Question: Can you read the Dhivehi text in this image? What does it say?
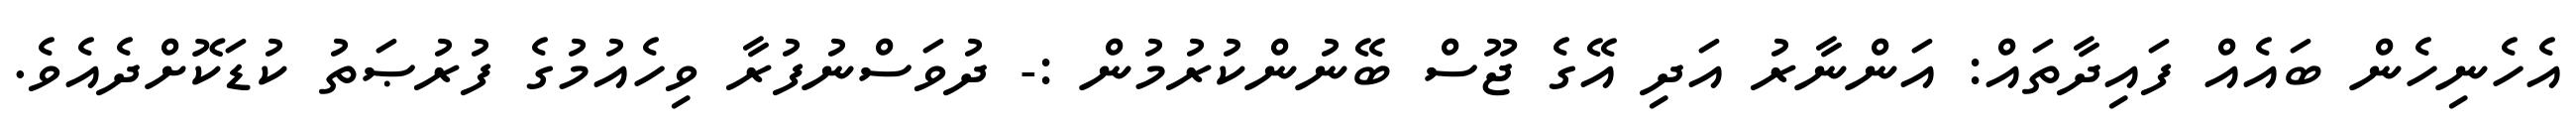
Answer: އެހެނިހެން ބައެއް ފައިދާތައް: އަންނާރު އަދި އޭގެ ޖޫސް ބޭނުންކުރުމުން :- ދުވަސްނުފުރާ ވިހެއުމުގެ ފުރުޞަތު ކުޑަކޮށްދެއެވެ.